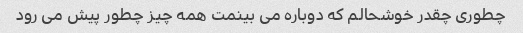
چطوری چقدر خوشحالم که دوباره می بینمت همه چیز چطور پیش می رود